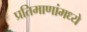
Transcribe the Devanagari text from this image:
प्रतिमाणांमध्ये